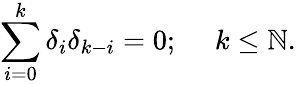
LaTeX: \sum_{i=0}^{k}\delta_{i}\delta_{k-i}=0;\ \ \ \ \ k\leq\mathbb{N}.